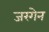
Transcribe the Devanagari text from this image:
जरगेन